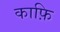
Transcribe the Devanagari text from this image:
काफ़ि